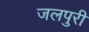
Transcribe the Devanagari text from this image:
जलपुरी